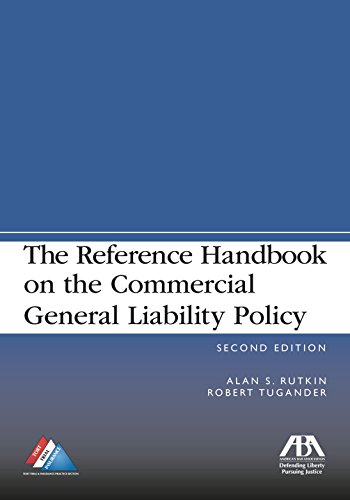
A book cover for The Reference Handbook on the Commercial General Liability Policy; Alan S. Rutkin; Law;